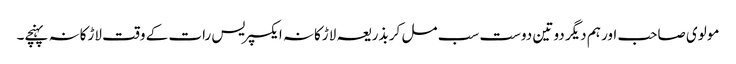
مولوی صاحب اور ہم دیگر دو تین دوست سب مل کر بذریعہ لاڑکانہ ایکسپریس رات کے وقت لاڑکانہ پہنچے۔